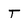
Character: t